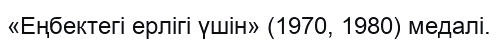
«Еңбектегі ерлігі үшін» (1970, 1980) медалі.